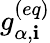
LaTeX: g_{\alpha,\mathbf{i}}^{(eq)}